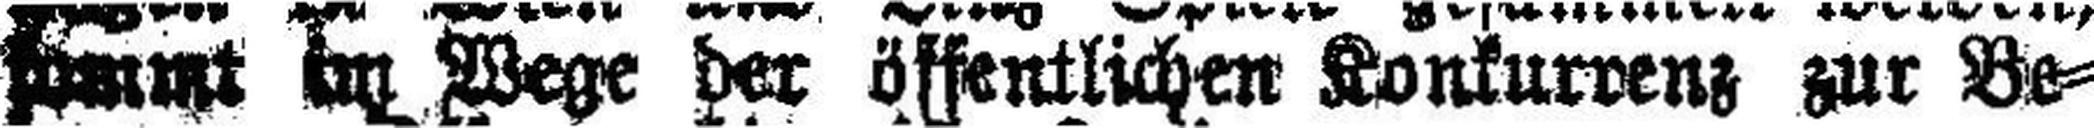
kommt im Wege der öffentlichen Konkurrenz zur Be¬